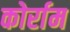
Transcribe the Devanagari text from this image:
कोर्राम